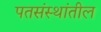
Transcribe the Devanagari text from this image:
पतसंस्थांतील